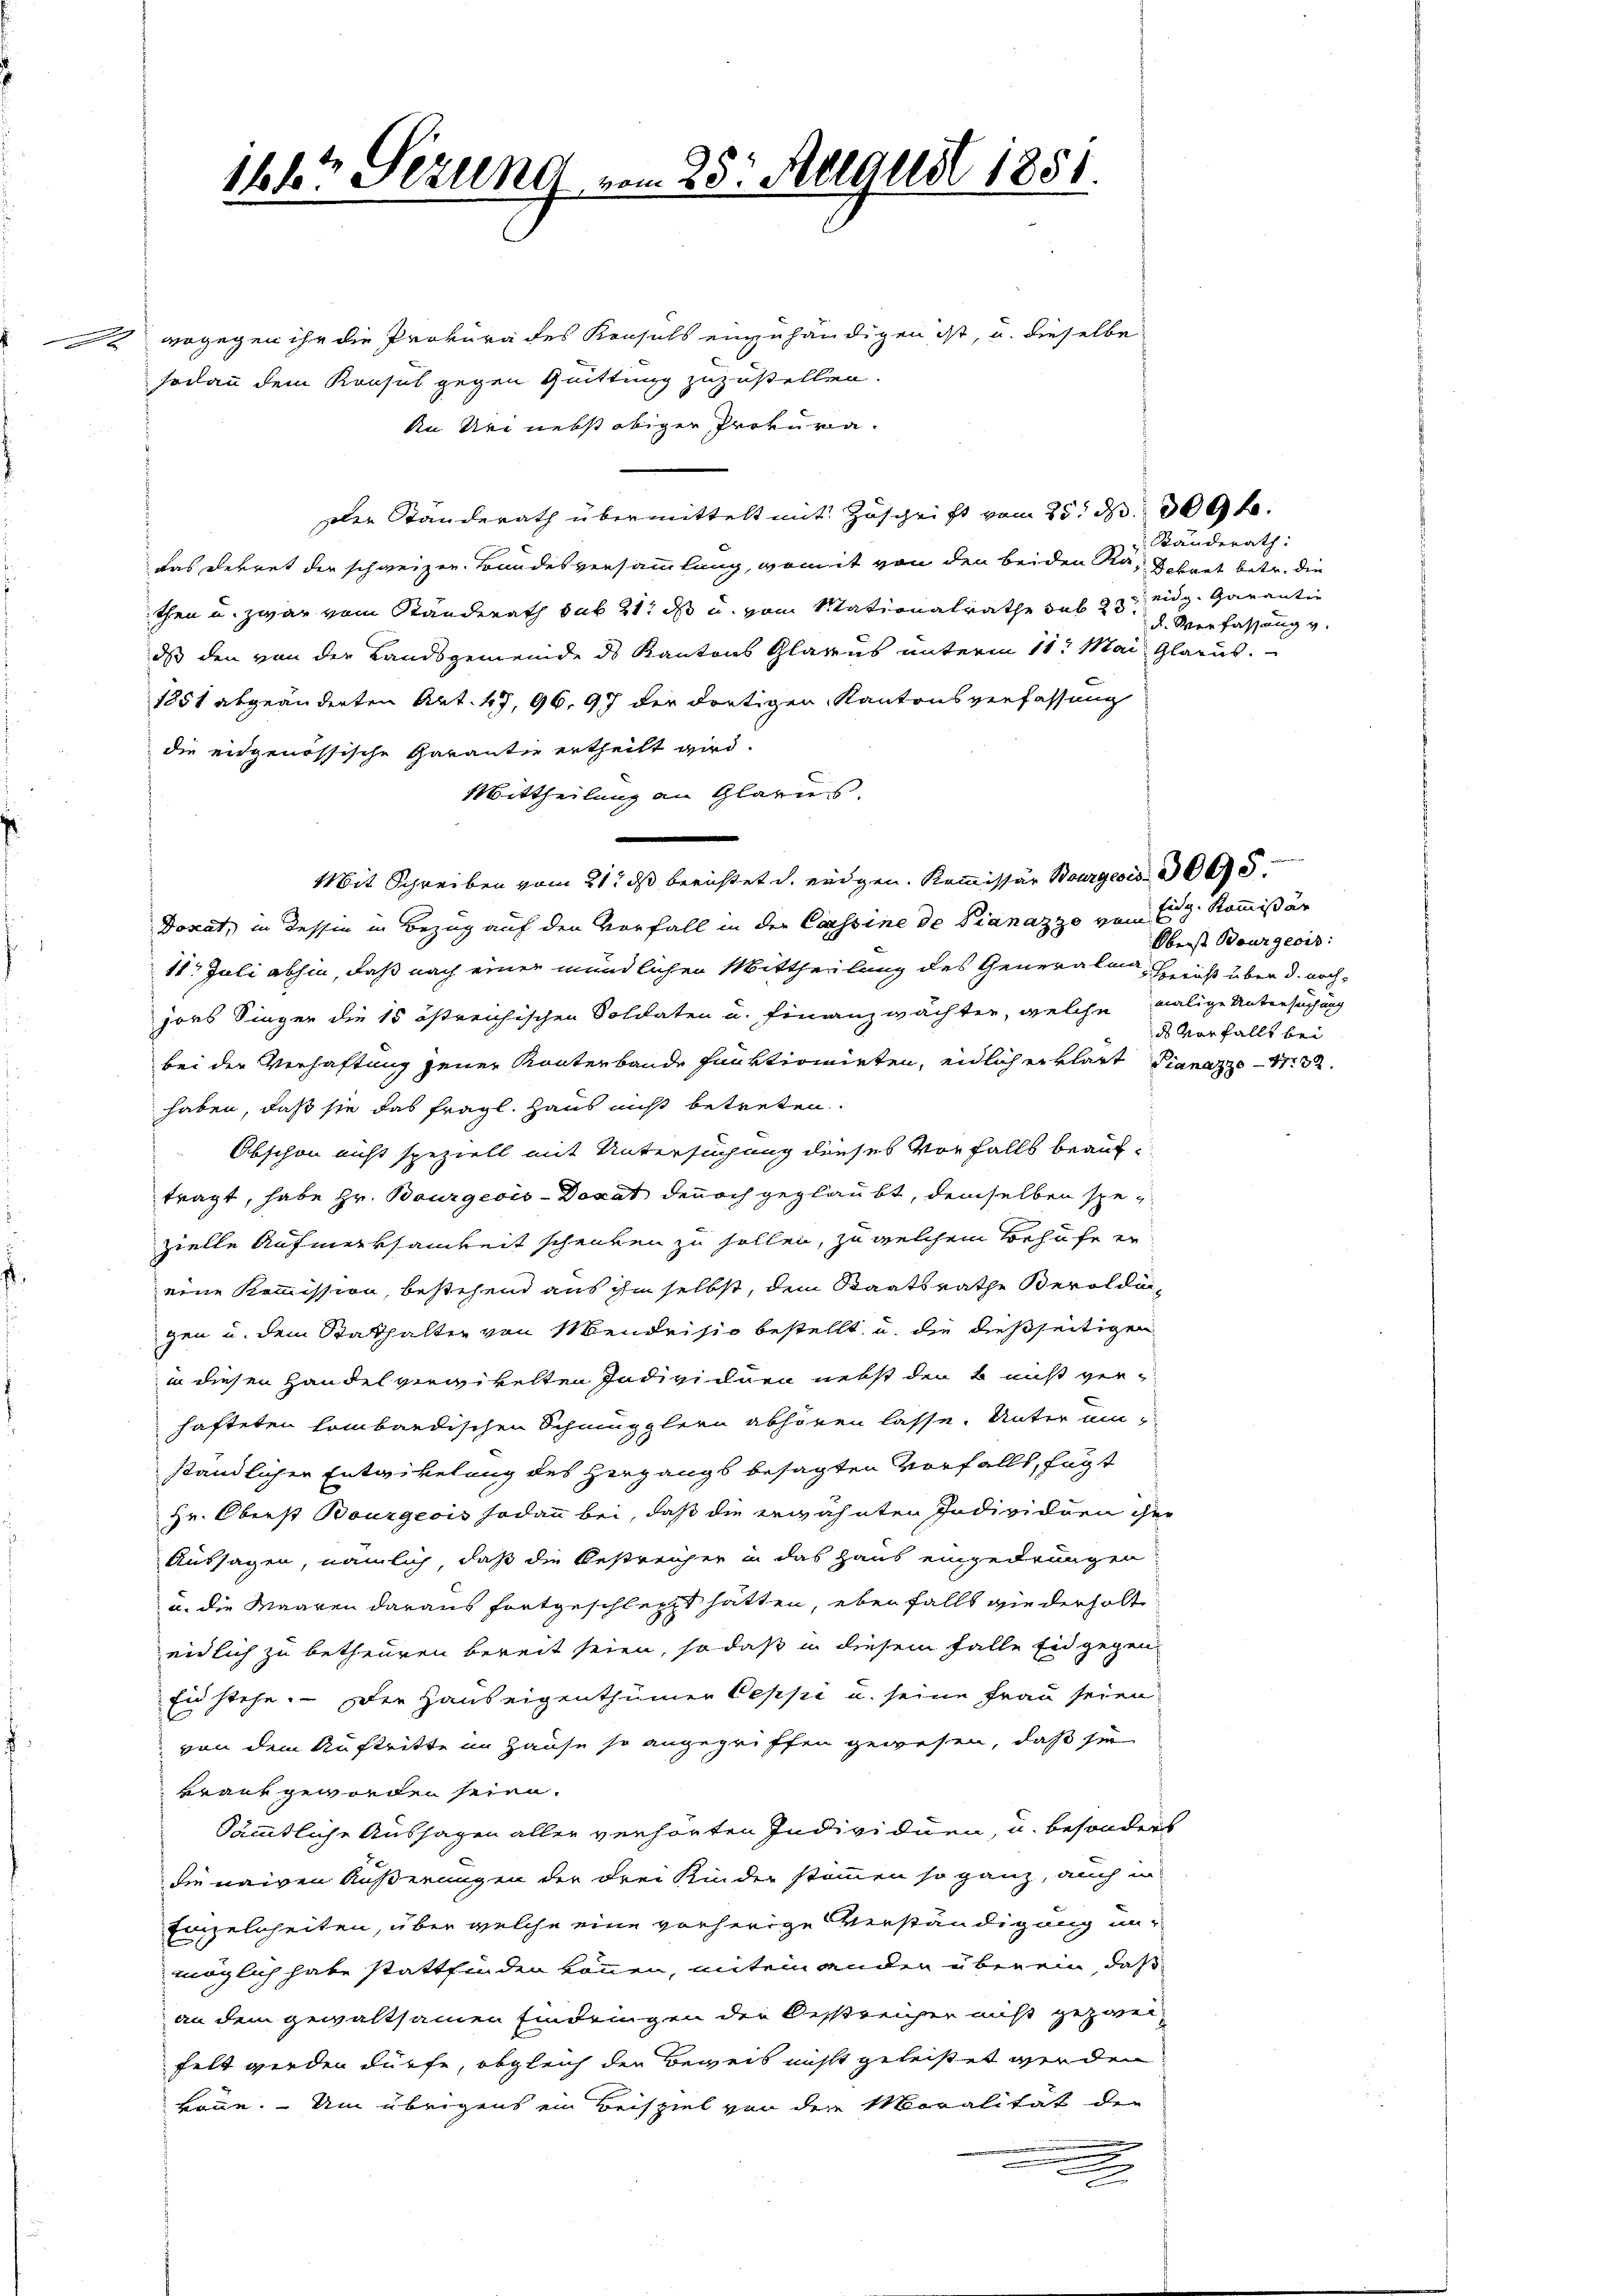
wogegen ihr die Prokura des Konsuls einzuhändigen ist, u. dieselbe
sodann dem Konsul gegen Quittung zuzustellen.
An Uri nebst obiger Prokura¬
Der Standerath übermittelt mit Zuschrift vom 25. d. 309 f.
das Dekret der schweizer. Brandesversammlung, womit von den beiden Rä- Bohnet betr. die
then u. zwar vom Standerath sub 21. ds u. vom Mationalrathe das 23 eidg. Garantie
dass den von der Landsgemeinde des Kantons Glarus unterm 11t Mai Glarus.
1251 abgeänderten Art. 47, 96. 97 der dortigen Kantonsverfassung
die eidgenössische Garantie ertheilt wird.
Mittheilung an Glarus,
Mit Schreiben vom 21. ds berichtet d. eidgen. Kommissär Bourgeois 300
Donat, in dessen in Bezug auf den Vorfall in der Cassine de Pianazzo vom Eidg. Kommißär
11. Juli abhin, daß nach einer mündlichen Mittheilung des Generalen Fuß über d. nochjors Singer die 15 östreichischen Soldaten u. Finanzwächten, welche malige Untersuchung
bei der Verhaftung jener Kanterbande funktionirten, eidlich erklärt Pianazzo 132.
haben, daß sie das fragl. Haus nicht betreten.
Obschon nicht speziell mit Untersuchung dieses Vorfalls beauftragt, habe Hr. Bourgeois-Docat dennoch geglaubt, demselben spezielle Aufmerksamkeit schenken zu sollen, zu welchem Behufe er
eine Kommission, bestehend aus ihm selbst, dem Staatsrathe Beroldungen u. dem Statthalter von Mendrisio bestellt u. die dießseitigen
in diesen Handel verwickelten Individuen nebst den & ist verhafteten Lombardischen Schmupplern abhoren lasse. Unter einständlicher Entwickelung des Hergangs besagten Vorfalls, fügt
Hr. Oberst Bourgeois sodann bei, daß die erwähnten Individuen der
Aussagen, nämlich, daß die Bestreicher in das Haus eingedrungen
u. die Maaren daraus fortgeschleppt hätten, eben falls wiederholt
eidlich zu betheuren bereit seien, so daß in diesem Falle Ein gegen-
Ein stehe. - Der Hauseigenthümer Oeppi u. seine Frau seien
von dem Auftritte in Hause so angegriffen gewesen, daß sei
krank geworden seien.
Sämmtliche Aussagen aller verhörten Individuen, u. besonders
die naiven Äußerungen der drei Kinder stimmen so ganz, auch in
Einzelnheiten, über welche eine vorherige Verständigung unmöglich habe stattfinden können, mitein anden über ein, daß
an dem gewaltsamen Eindringen der Oestreicher nicht gezwei-
felt werden dürfe, obgleich der Beweis nicht geleistet werden
könne. Um übrigens ein Beispiel von der Moralität der

n

1647 Sezung vom 25. August 1851.

Ständerath:
d. Verfassung v.

Oberst Bourgeois:
ds vorfallt bei